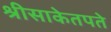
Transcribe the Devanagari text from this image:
श्रीसाकेतपते